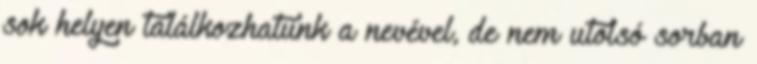
sok helyen találkozhatunk a nevével, de nem utolsó sorban